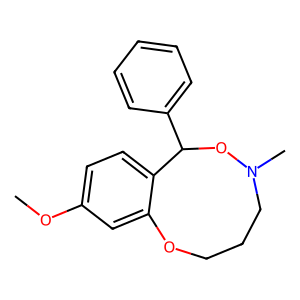
SMILES: COc1ccc2c(c1)OCCCN(C)OC2c1ccccc1
Inhibits HIV replication: No